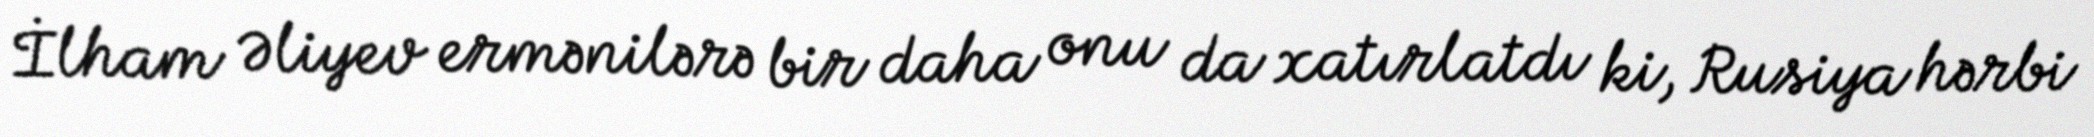
İlham Əliyev ermənilərə bir daha onu da xatırlatdı ki, Rusiya hərbi